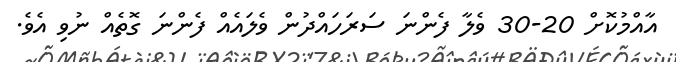
އާއްމުކޮށް 20-30 ވެލާ ފެންނަ ސަރަހައްދުން ވެލައެއް ފެންނަ ގޮތެއް ނުވި އެވެ.